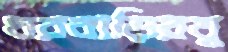
ঘরবাড়িরযু